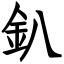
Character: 釟